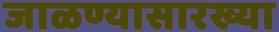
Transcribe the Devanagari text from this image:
जाळण्यासारख्या